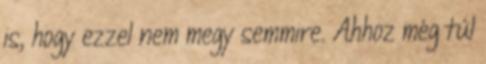
is, hogy ezzel nem megy semmire. Ahhoz még túl